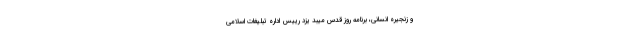
و زنجیره انسانی، برنامه روز قدس میبد یزد رییس اداره تبلیغات اسلامی